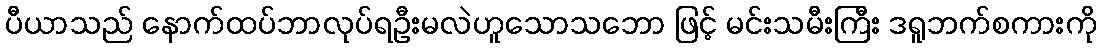
ပီယာသည် နောက်ထပ်ဘာလုပ်ရဦးမလဲဟူသောသဘော ဖြင့် မင်းသမီးကြီး ဒရူဘက်စကားကို